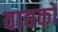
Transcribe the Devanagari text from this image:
वाद्यकों